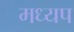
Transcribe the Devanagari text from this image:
मध्यप